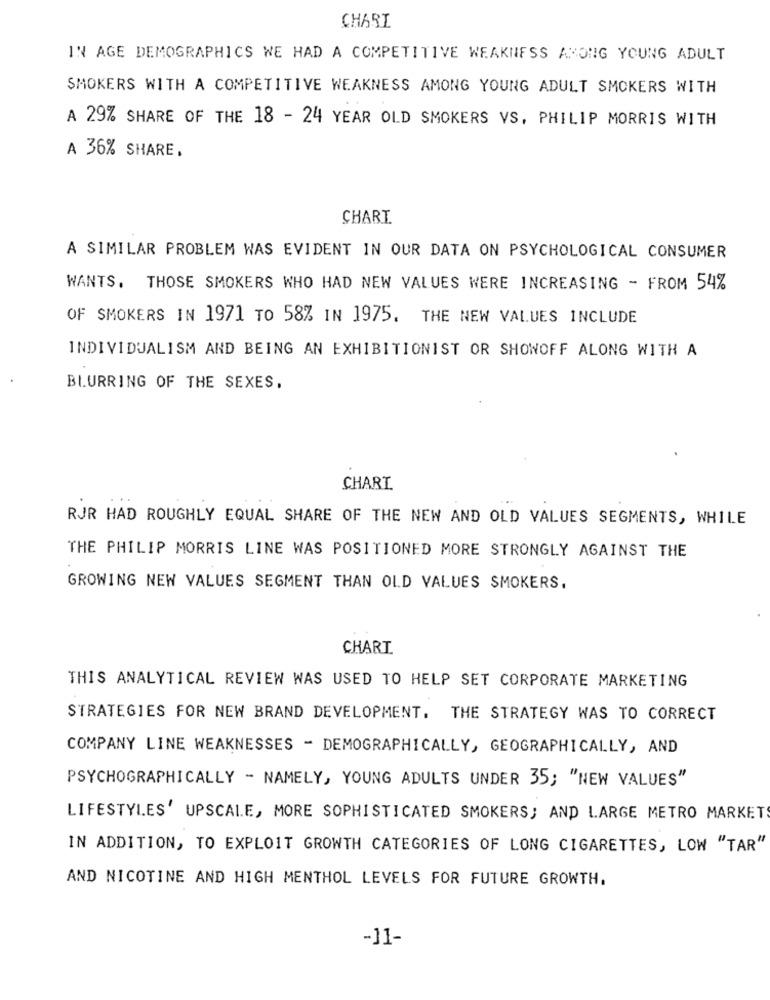
CHARI
IN AGE DEMOGRAPHICS WE HAD A COMPETITIVE WEAKNESS AMONG YOUNG ADULT
SMOKERS WITH A COMPETITIVE WEAKNESS AMONG YOUNG ADULT SMOKERS WITH
A 29% SHARE OF THE 18 - 24 YEAR OLD SMOKERS VS, PHILIP MORRIS WITH
A 36% SHARE.
CHART
A SIMILAR PROBLEM WAS EVIDENT IN OUR DATA ON PSYCHOLOGICAL CONSUMER
WANTS. THOSE SMOKERS WHO HAD NEW VALUES WERE INCREASING - FROM 54%
OF SMOKERS IN 1971 TO 58% IN 1975. THE NEW VALUES INCLUDE
INDIVIDUALISM AND BEING AN EXHIBITIONIST OR SHOWOFF ALONG WITH A
BLURRING OF THE SEXES,
CHART
RJR HAD ROUGHLY EQUAL SHARE OF THE NEW AND OLD VALUES SEGMENTS, WHILE
THE PHILIP MORRIS LINE WAS POSITIONED MORE STRONGLY AGAINST THE
GROWING NEW VALUES SEGMENT THAN OLD VALUES SMOKERS.
CHART.
THIS ANALYTICAL REVIEW WAS USED TO HELP SET CORPORATE MARKETING
STRATEGIES FOR NEW BRAND DEVELOPMENT. THE STRATEGY WAS TO CORRECT
COMPANY LINE WEAKNESSES - DEMOGRAPHICALLY, GEOGRAPHICALLY, AND
PSYCHOGRAPHICALLY - NAMELY, YOUNG ADULTS UNDER 35; "NEW VALUES"
LIFESTYLES' UPSCALE, MORE SOPHISTICATED SMOKERS; AND LARGE METRO MARKET
IN ADDITION, TO EXPLOIT GROWTH CATEGORIES OF LONG CIGARETTES, LOW "TAR"
AND NICOTINE AND HIGH MENTHOL LEVELS FOR FUTURE GROWTH.
-11-